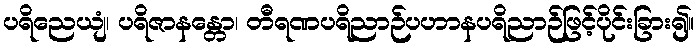
ပရိညေယျံ၊ ပရိဇာနန္တော၊ တီရဏပရိညာဉ်ပဟာနပရိညာဉ်ဖြင့်ပိုင်းခြား၍။